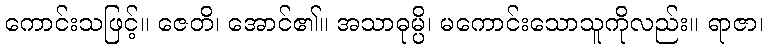
ကောင်းသဖြင့်။ ဇေတိ၊ အောင်၏။ အသာဓုမ္ပိ၊ မကောင်းသောသူကိုလည်း။ ရာဇာ၊